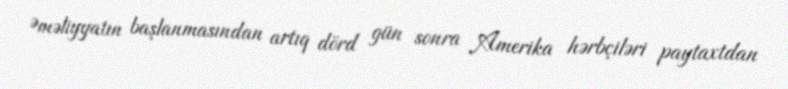
Əməliyyatın başlanmasından artıq dörd gün sonra Amerika hərbçiləri paytaxtdan